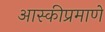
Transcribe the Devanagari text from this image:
आस्कीप्रमाणे